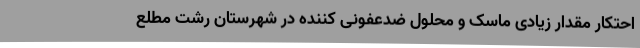
احتکار مقدار زیادی ماسک و محلول ضدعفونی کننده در شهرستان رشت مطلع